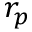
r _ { p }